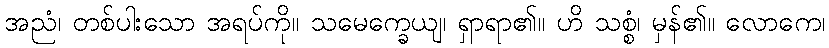
အညံ၊ တစ်ပါးသော အရပ်ကို။ သမေက္ခေယျ၊ ရှာရာ၏။ ဟိ သစ္စံ၊ မှန်၏။ လောကေ၊